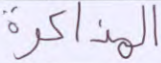
المذكرة